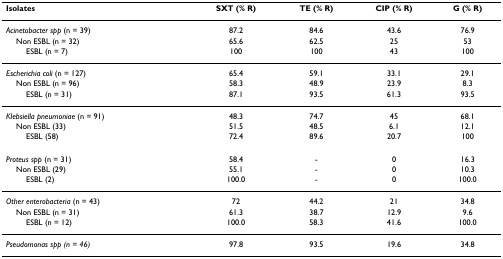
<table><thead><tr><td><b>Isolates</b></td><td><b>SXT (% R)</b></td><td><b>TE (% R)</b></td><td><b>CIP (% R)</b></td><td><b>G (% R)</b></td></tr></thead><tbody><tr><td><i>Acinetobacter spp </i>(n = 39)</td><td>87.2</td><td>84.6</td><td>43.6</td><td>76.9</td></tr><tr><td> Non ESBL (n = 32)</td><td>65.6</td><td>62.5</td><td>25</td><td>53</td></tr><tr><td>ESBL (n = 7)</td><td>100</td><td>100</td><td>43</td><td>100</td></tr><tr><td><i>Escherichia coli </i>(n = 127)</td><td>65.4</td><td>59.1</td><td>33.1</td><td>29.1</td></tr><tr><td> Non ESBL (n = 96)</td><td>58.3</td><td>48.9</td><td>23.9</td><td>8.3</td></tr><tr><td>ESBL (n = 31)</td><td>87.1</td><td>93.5</td><td>61.3</td><td>93.5</td></tr><tr><td><i>Klebsiella pneumoniae </i>(n = 91)</td><td>48.3</td><td>74.7</td><td>45</td><td>68.1</td></tr><tr><td> Non ESBL (33)</td><td>51.5</td><td>48.5</td><td>6.1</td><td>12.1</td></tr><tr><td>ESBL (58)</td><td>72.4</td><td>89.6</td><td>20.7</td><td>100</td></tr><tr><td><i>Proteus spp </i>(n = 31)</td><td>58.4</td><td>-</td><td>0</td><td>16.3</td></tr><tr><td> Non ESBL (29)</td><td>55.1</td><td>-</td><td>0</td><td>10.3</td></tr><tr><td>ESBL (2)</td><td>100.0</td><td>-</td><td>0</td><td>100.0</td></tr><tr><td><i>Other enterobacteria </i>(n = 43)</td><td>72</td><td>44.2</td><td>21</td><td>34.8</td></tr><tr><td> Non ESBL (n = 31)</td><td>61.3</td><td>38.7</td><td>12.9</td><td>9.6</td></tr><tr><td>ESBL (n = 12)</td><td>100.0</td><td>58.3</td><td>41.6</td><td>100.0</td></tr><tr><td><i>Pseudomonas spp (n = 46)</i></td><td>97.8</td><td>93.5</td><td>19.6</td><td>34.8</td></tr></tbody></table>